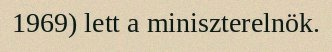
1969) lett a miniszterelnök.